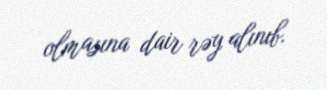
olmasına dair rəy alınıb.